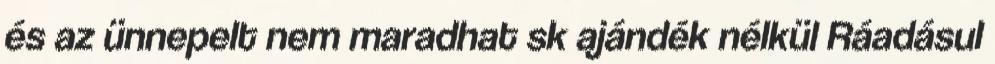
és az ünnepelt nem maradhat sk ajándék nélkül Ráadásul